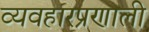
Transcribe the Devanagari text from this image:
व्यवहारप्रणाली